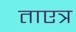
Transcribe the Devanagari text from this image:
ताएत्र